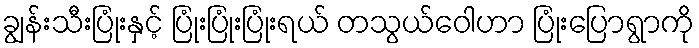
ချွန်းသီးပြုံးနှင့် ပြုံးပြုံးပြုံးရယ် တသွယ်ဝေါဟာ ပြုံးပြောရွာကို